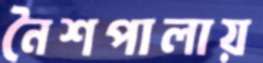
নৈশপালায়